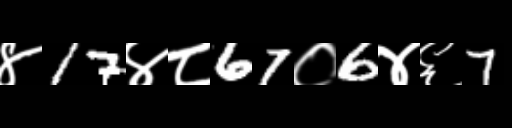
Text: ४17४८67०6४६7